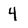
Character: 4